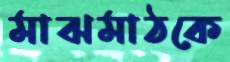
মাঝমাঠকে